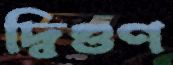
দ্বিগুণ